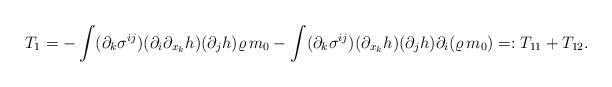
LaTeX: \begin{align*}T_1 = -\int (\partial_{k}\sigma^{ij})(\partial_{i}\partial_{x_{k}} h) (\partial_j h)\varrho\,m_0 - \int (\partial_{k}\sigma^{ij})(\partial_{x_{k}}h)(\partial_{j} h) \partial_{i}(\varrho\,m_0)=: T_{11}+T_{12}.\end{align*}